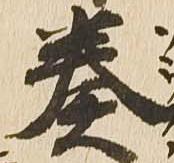
奏